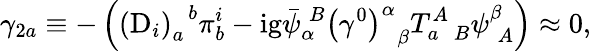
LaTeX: \gamma_{2a}\equiv-\left(\left(\mathrm{D}_{i}\right)_{a}^{\; \; b}\pi_{b}^{i}-\mathrm{ig}\bar{\psi}_{\alpha}^{\; B}\left(\gamma^{0}\right)_{\; \; \beta}^{\alpha}T_{a\; \; B}^{A}\psi_{\; A}^{\beta}\right)\approx 0,